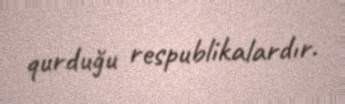
qurduğu respublikalardır.